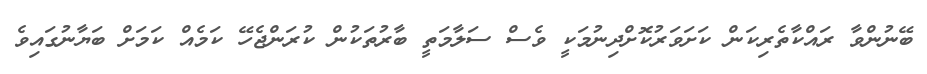
ބޭނުންވާ ރައްކާތެރިކަން ކަށަވަރުކޮށްދިނުމަކީ ވެސް ސަލާމަތީ ބާރުތަކުން ކުރަންޖެހޭ ކަމެއް ކަމަށް ބަޔާނުގައިވެ